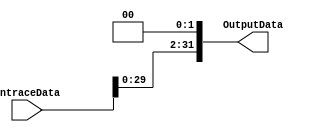
`timescale 1ns / 1ps
//////////////////////////////////////////////////////////////////////////////////
// Company: 
// Engineer: 
// 
// Design Name: 
// Module Name:    AlineadorDosBits 
// Project Name: 
// Target Devices: 
// Tool versions: 
// Description: 
//
// Dependencies: 
//
// Revision: 
// Revision 0.01 - File Created
// Additional Comments: 
//
//////////////////////////////////////////////////////////////////////////////////
module AlineadorDosBits(
	input wire [31:0] EntraceData,
	output reg [31:0] OutputData
    );

	
	always @( EntraceData ) begin
		OutputData = EntraceData<<2;
	end
	
endmodule